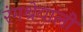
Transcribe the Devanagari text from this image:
रंगश्रेयाली